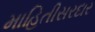
માહિતીસરદાર